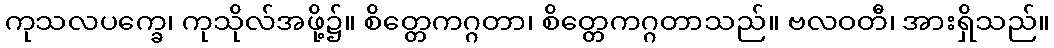
ကုသလပက္ခေ၊ ကုသိုလ်အဖို့၌။ စိတ္တေကဂ္ဂတာ၊ စိတ္တေကဂ္ဂတာသည်။ ဗလဝတီ၊ အားရှိသည်။